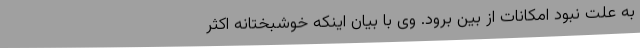
به علت نبود امکانات از بین برود. وی با بیان اینکه خوشبختانه اکثر